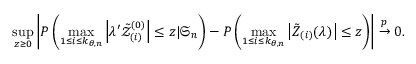
\operatorname* { s u p } _ { z \geq 0 } \left\vert P \left( \operatorname* { m a x } _ { 1 \leq i \leq k _ { \theta , n } } \left\vert \lambda ^ { \prime } \mathcal { \tilde { Z } } _ { ( i ) } ^ { ( 0 ) } \right\vert \leq z | \mathfrak { S } _ { n } \right) - P \left( \operatorname* { m a x } _ { 1 \leq i \leq k _ { \theta , n } } \left\vert \boldsymbol { \tilde { Z } } _ { ( i ) } ( \lambda ) \right\vert \leq z \right) \right\vert \overset { p } { \rightarrow } 0 .